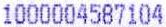
1000004587104